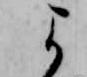
よ